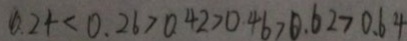
0 . 2 4 < 0 . 2 6 > 0 . 4 2 > 0 . 4 6 > 0 . 6 2 > 0 . 6 4